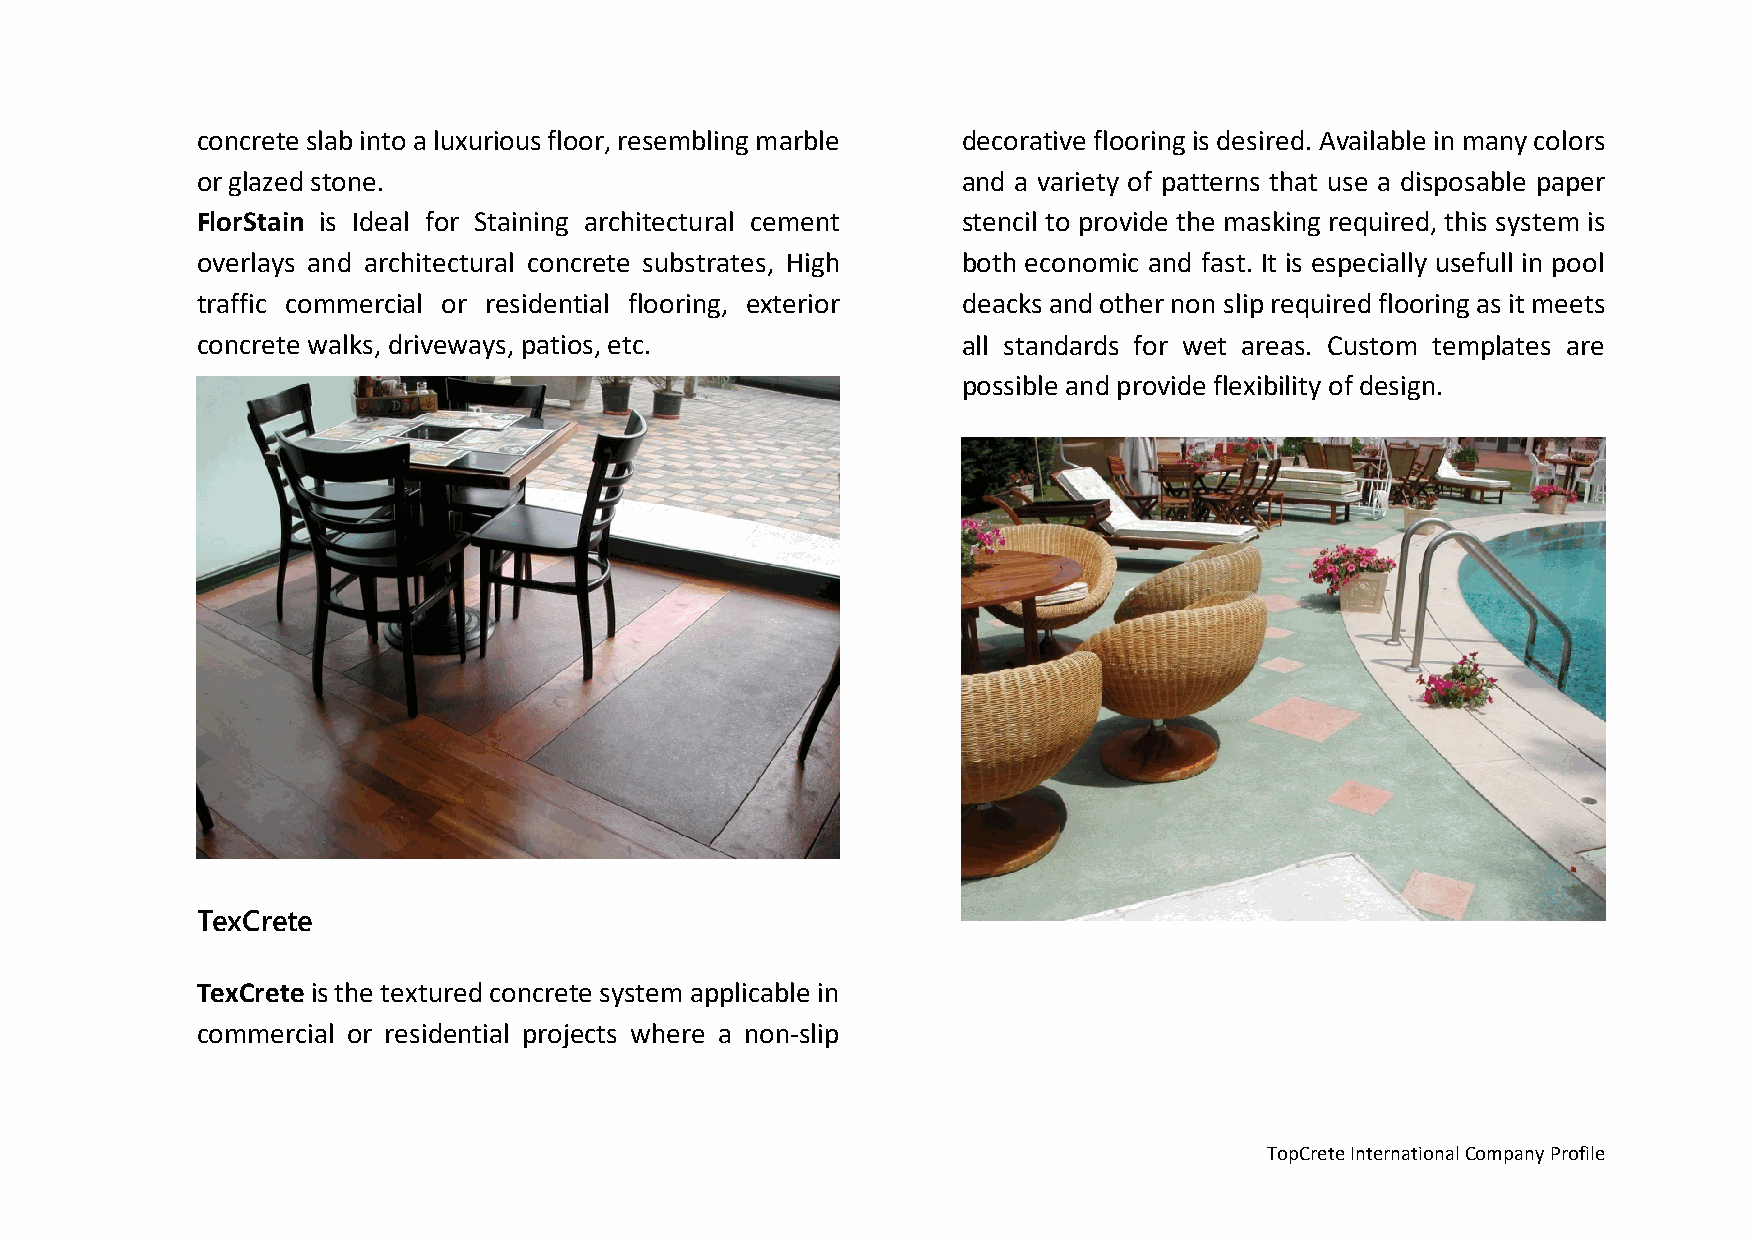
concrete slab into a luxurious floor, resembling marble decorative flooring is desired. Available in many colors
 or glazed stone.                                   and a variety of patterns that use a disposable paper
 FlorStain is Ideal for Staining architectural cement stencil to provide the masking required, this system is
 overlays and architectural concrete substrates, High both economic and fast. It is especially usefull in pool
 traffic commercial or residential flooring, exterior deacks and other non slip required flooring as it meets
 concrete walks, driveways, patios, etc.            all standards for wet areas. Custom templates are
 possible and provide flexibility of design.
 TexCrete
 TexCrete is the textured concrete system applicable in
 commercial or residential projects where a non-slip
 TopCrete International Company Profile